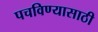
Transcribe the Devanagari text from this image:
पचविण्यासाठी